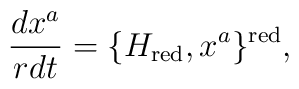
\frac{dx^a}{rdt}=\{ H_{\rm red}, x^a\}^{\rm red},